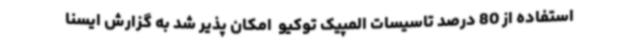
استفاده از 80 درصد تاسیسات المپیک توکیو  امکان پذیر شد به گزارش ایسنا